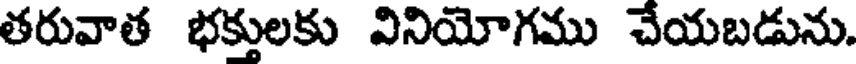
తరువాత భక్తులకు వినియోగము చేయబడును.